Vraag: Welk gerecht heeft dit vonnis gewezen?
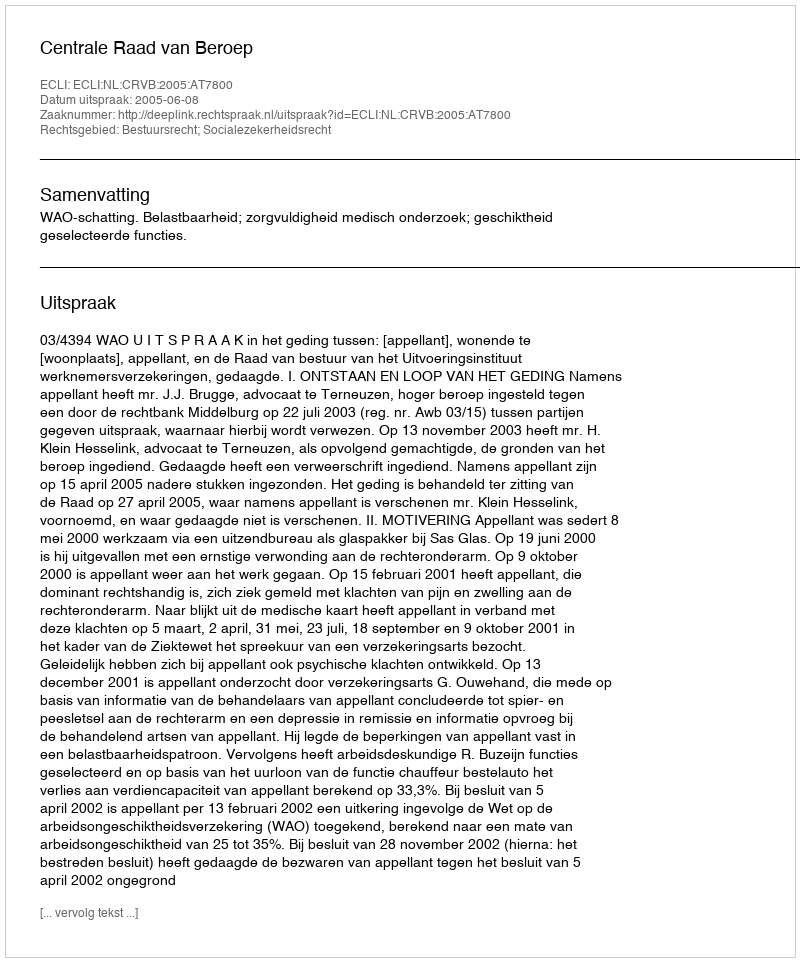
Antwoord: Centrale Raad van Beroep